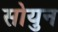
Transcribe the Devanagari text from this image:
सोयुन